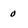
Character: 0